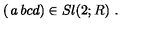
\left( \begin{matrix} { a } & { b } \\ { c } & { d } \\ \end{matrix} \right) \in S l ( 2 ; R ) \ .